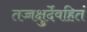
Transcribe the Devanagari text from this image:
तच्चक्षुर्देवहितं